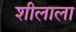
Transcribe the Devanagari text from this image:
शीलाला